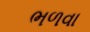
ભળવા